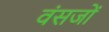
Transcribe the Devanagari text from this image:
वंसजों